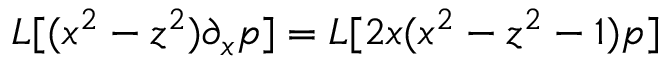
L [ ( x ^ { 2 } - z ^ { 2 } ) \partial _ { x } p ] = L [ 2 x ( x ^ { 2 } - z ^ { 2 } - 1 ) p ]